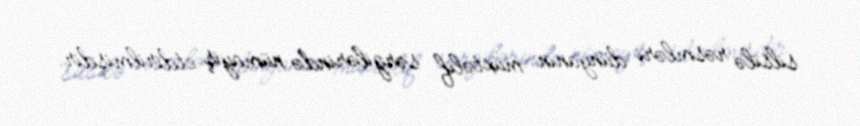
silsilə rəsmləri dünyanın müxtəlif sərgilərində nümayiş etdirilmişdir.